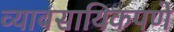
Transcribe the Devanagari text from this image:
व्यावसायिकपणे